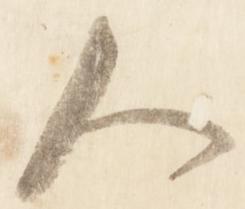
人